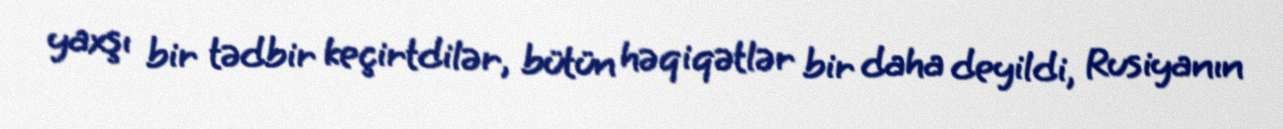
yaxşı bir tədbir keçirtdilər, bütün həqiqətlər bir daha deyildi, Rusiyanın